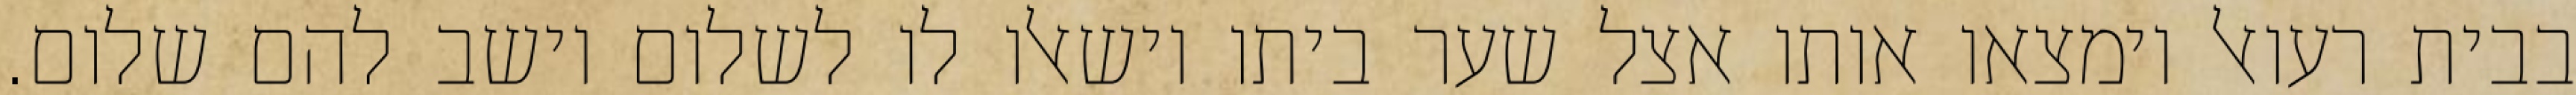
בבית רעואל וימצאו אותו אצל שער ביתו וישאלו לו לשלום וישב להם שלום.